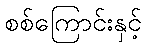
စစ်ကြောင်းနှင့်